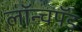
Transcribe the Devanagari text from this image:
लॉन्चपॅड